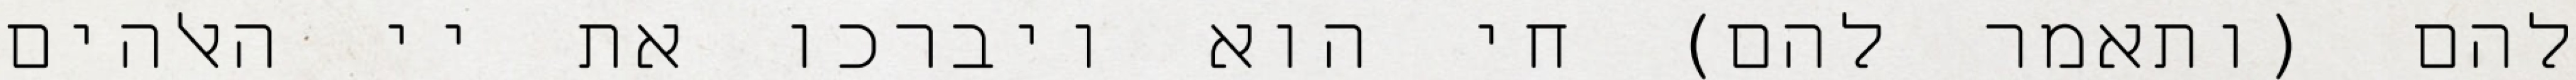
להם (ותאמר להם) חי הוא ויברכו את יי האלהים